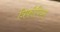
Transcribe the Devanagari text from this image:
त्रिकोपिय्स